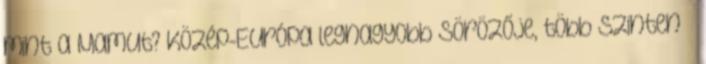
mint a Mamut? Közép-Európa legnagyobb sörözője, több szinten –